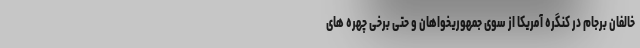
خالفان برجام در کنگره آمریکا از سوی جمهوریخواهان و حتی برخی چهره های